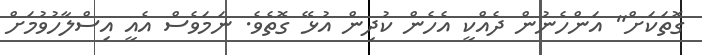
ގޮތަކަށް" އަންހެނުން ދެއްކީ އެހެން ކުދިން އުޅޭ ގޮތެވެ. ނަމަވެސް އެއީ އިސްލާހުވުމަށް